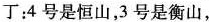
丁：4号是恒山，3号是衡山，